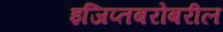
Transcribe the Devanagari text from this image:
इजिप्तबरोबरील